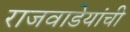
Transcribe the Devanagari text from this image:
राजवाडेयांची